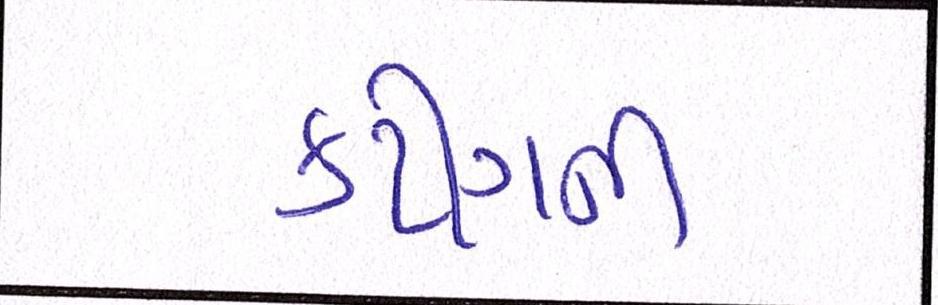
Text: કટીંગની